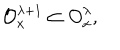
LaTeX: { \cal O } _ { x } ^ { \lambda + 1 } \subset { \cal O } _ { x } ^ { \lambda } ,